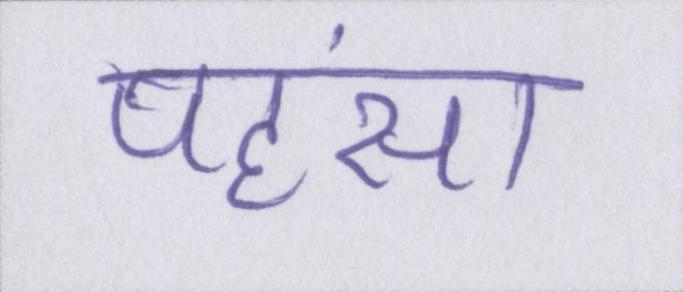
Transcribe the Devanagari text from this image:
पहंसा